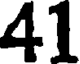
41